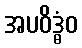
အပဝိဒ္ဓံဝ